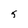
Character: 5